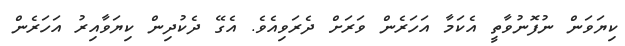
ކިޔަވަން ނުފޮނުވާތީ އެކަމާ އަހަރެން ވަރަށް ދެރަވިއެވެ. އެގޭ ދެކުދިން ކިޔަވާއިރު އަހަރެން